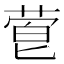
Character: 𬝙